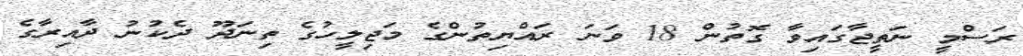
ރަސްމީ ނަތީޖާގައިވާ ގޮތުން 18 ވަނަ ރައްޔިތުންގެ މަޖިލީހުގެ ތިނަދޫ ދެކުނު ދާއިރާގެ